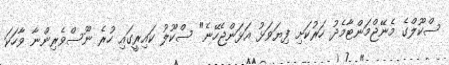
ސްކޫލްގެ މެނޭޖްމަންޓާމެދު ހަރުކަށި ފިޔަވަޅު އަޅަންޖެހޭނެ" ސްކޫލު ކައިރީގައި ހުރެ ނޫސްވެރިންނާ ވާހަކަ